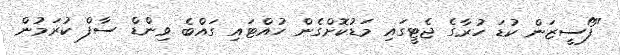
"ފޯސީޒަން ކުޑަ ހުރާގެ ޖެޓީގައި މަޑުކޮށްގެން ހުއްޓައި ގައްބެ ވިންޑް ސާފް ކުރަމުން